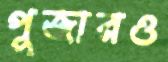
পূজারও